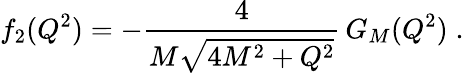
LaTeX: f_{2}(Q^{2})=-\frac{4}{M\sqrt{4M^{2}+Q^{2}}}\, G_{M}(Q^{2})\; .